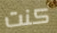
كنت